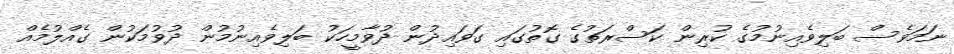
ނަމަވެސް ބަލިވެއިނުމުގެ ކުރިން ކަސްރަތުގެ ގޮތުގައި ގަވައިދުން ދުވާމީހަކު ބަލިވެއިނުމުން ދުވުމަކުން ގެއްލުމެއް